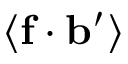
\left\langle \mathbf { f } \cdot \mathbf { b } ^ { \prime } \right\rangle